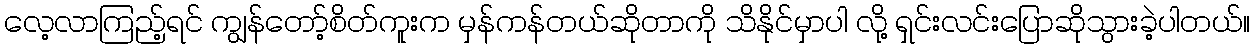
လေ့လာကြည့်ရင် ကျွန်တော့်စိတ်ကူးက မှန်ကန်တယ်ဆိုတာကို သိနိုင်မှာပါ လို့ ရှင်းလင်းပြောဆိုသွားခဲ့ပါတယ်။